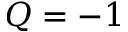
Q = - 1